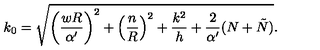
k _ { 0 } = \sqrt { \left( \frac { w R } { \alpha ^ { \prime } } \right) ^ { 2 } + \left( \frac { n } { R } \right) ^ { 2 } + \frac { k ^ { 2 } } { h } + \frac { 2 } { \alpha ^ { \prime } } ( N + \tilde { N } ) } .